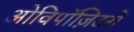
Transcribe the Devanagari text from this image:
ओविपॉज़िटरों